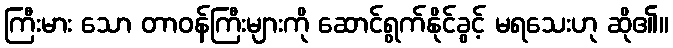
ကြီးမား သော တာဝန်ကြီးများကို ဆောင်ရွက်နိုင်ခွင့် မရသေးဟု ဆို၏။